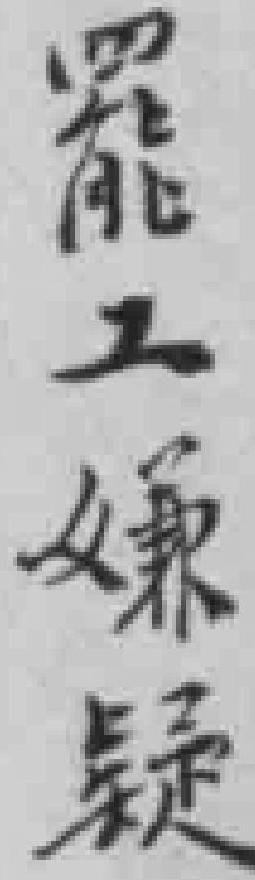
罷工嫌疑